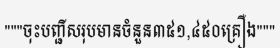
"""ចុះបញ្ជីសរុបមានចំនួន៣៥១,៤៥០គ្រឿង"""